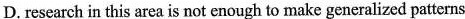
D.research in this area is not enough to make geaeralized patterns